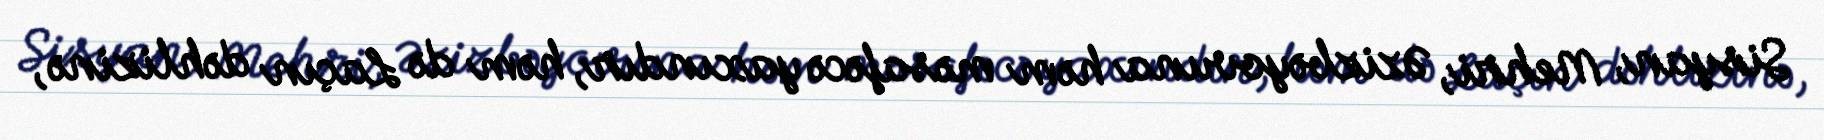
Sisyan, Mehri, Əzizbəyovuna həm məsafəcə yaxındır, həm də Laçın dəhlizinə,